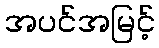
အပင်အမြင့်